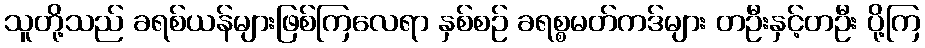
သူတို့သည် ခရစ်ယန်များဖြစ်ကြလေရာ နှစ်စဉ် ခရစ္စမတ်ကဒ်များ တဦးနှင့်တဦး ပို့ကြ